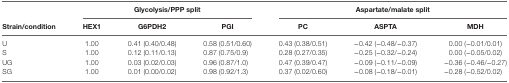
|  | <COLSPAN=3> Glycolysis/PPP split | <COLSPAN=3> Aspartate/malate split |
 | Strain/condition | HEX1 | G6PDH2 | PGI | PC | ASPTA | MDH |
 | --- | --- | --- | --- | --- | --- | --- |
 | U | 1.00 | 0.41 (0.40/0.48) | 0.58 (0.51/0.60) | 0.43 (0.38/0.51) | −0.42 (−0.48/−0.37) | 0.00 (−0.01/0.01) |
 | S | 1.00 | 0.12 (0.11/0.13) | 0.87 (0.75/0.9) | 0.28 (0.27/0.35) | −0.25 (−0.32/−0.24) | 0.00 (−0.05/0.02) |
 | UG | 1.00 | 0.03 (0.02/0.03) | 0.96 (0.87/1.0) | 0.47 (0.39/0.47) | −0.09 (−0.11/−0.09) | −0.36 (−0.46/−0.27) |
 | SG | 1.00 | 0.01 (0.00/0.02) | 0.98 (0.92/1.3) | 0.37 (0.02/0.60) | −0.08 (−0.18/−0.01) | −0.28 (−0.52/0.02) |